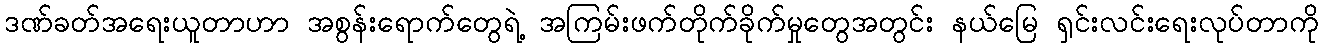
ဒဏ်ခတ်အရေးယူတာဟာ အစွန်းရောက်တွေရဲ့ အကြမ်းဖက်တိုက်ခိုက်မှုတွေအတွင်း နယ်မြေ ရှင်းလင်းရေးလုပ်တာကို